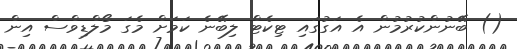
() ބޭނުންކުރުމުން އެ އަގުގައި ޓިކެޓް ލިބޭނެ ކަމަށް މެގަ މޯލްޑިވްސް އިން